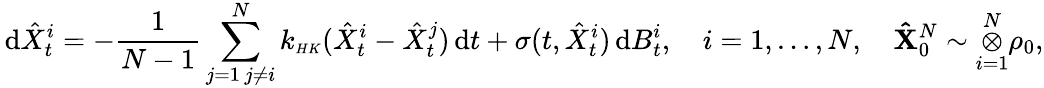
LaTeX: \, \mathrm{d}\hat{X}_{t}^{i}=-\frac{1}{N-1}\sum_{\substack{j=1\, j\neq i}}^{N}k_{\scriptscriptstyle{HK}}(\hat{X}_{t}^{i}-\hat{X}_{t}^{j})\, \mathrm{d}t+\sigma(t,\hat{X}_{t}^{i})\, \mathrm{d}B_{t}^{i},\quad i=1,\ldots,N,\quad\mathbf{\hat{X}}_{0}^{N}\sim\overset{N}{\underset{i=1}{\otimes}}\rho_{0},